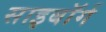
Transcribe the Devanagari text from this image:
साइबाॅर्ग